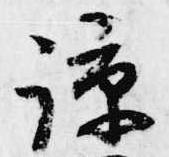
諒